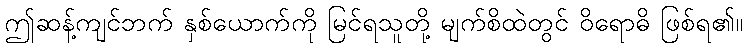
ဤဆန့်ကျင်ဘက် နှစ်ယောက်ကို မြင်ရသူတို့ မျက်စိထဲတွင် ဝိရောဓိ ဖြစ်ရ၏။